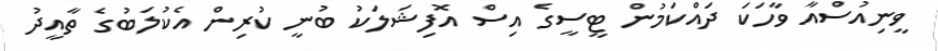
ވީނިއުސްއާ ވާހަކަ ދައްކަމުން ޓީސީގެ އިސް އޮފިޝަލަކު ބުނީ ކުރިން އެކުލަބުގެ ތާއީދު